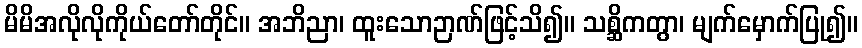
မိမိအလိုလိုကိုယ်တော်တိုင်။ အဘိညာ၊ ထူးသောဉာဏ်ဖြင့်သိ၍။ သစ္ဆိကတွာ၊ မျက်မှောက်ပြု၍။